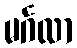
မင်္ဂလာ